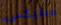
فيليكس